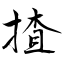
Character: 揸